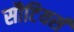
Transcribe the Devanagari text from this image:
सौटियर्स